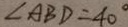
\angle A B D = 4 0 ^ { \circ }